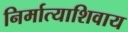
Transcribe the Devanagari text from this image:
निर्मात्याशिवाय